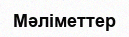
Мәліметтер